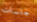
جلسات